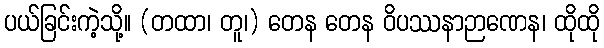
ပယ်ခြင်းကဲ့သို့။ (တထာ၊ တူ၊) တေန တေန ဝိပဿနာဉာဏေန၊ ထိုထို